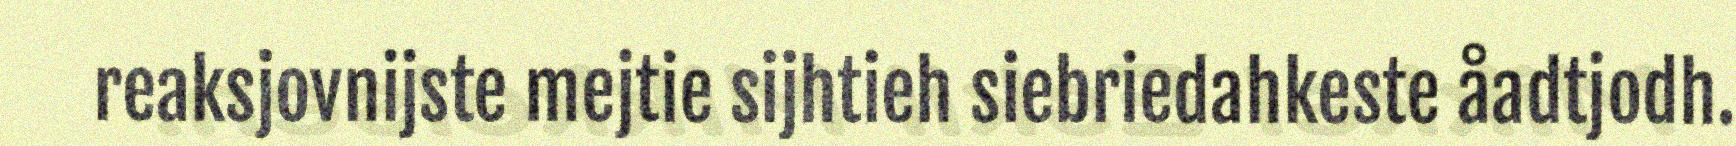
reaksjovnijste mejtie sijhtieh siebriedahkeste åadtjodh.